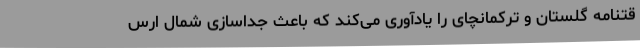
قتنامه گلستان و ترکمانچای را یادآوری می‌کند که باعث جداسازی شمال ارس